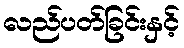
လည်ပတ်ခြင်းနှင့်